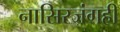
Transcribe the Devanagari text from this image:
नासिरजंगही